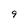
Character: 9